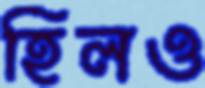
হিলও